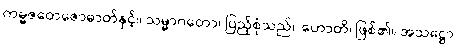
ကမ္မဇတေဇောဓာတ်နှင့်။ သမ္မာဂတော၊ ပြည့်စုံသည်။ ဟောတိ၊ ဖြစ်၏။ အသဋ္ဌော၊